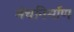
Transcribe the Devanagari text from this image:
मंचनिर्माण